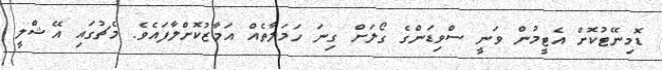
ޑޮމިނޭޓުކޮށް އެޓީމުން ވަނީ ސްވިޑަންގެ ގޯލަށް ގިނަ ހަމަލާތެއް އަމާޒުކޮށްލާފައެވެ. މެޗުގައި އޭޝްލީ